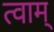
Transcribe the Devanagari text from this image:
त्वाम्